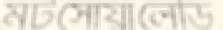
মটসোয়ালেডি